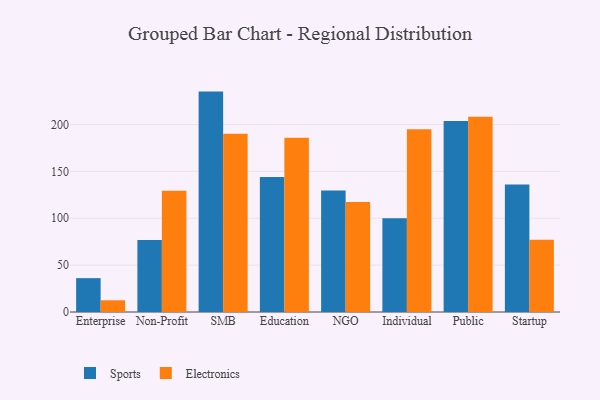
{"axis": {"x": "Segment", "y": "Revenue (USD Million)"}, "legend": ["Electronics", "Sports"], "data": [{"x": "Enterprise", "y": 36.1, "type": "Sports"}, {"x": "Enterprise", "y": 12.5, "type": "Electronics"}, {"x": "Non-Profit", "y": 76.9, "type": "Sports"}, {"x": "Non-Profit", "y": 129.3, "type": "Electronics"}, {"x": "SMB", "y": 235.1, "type": "Sports"}, {"x": "SMB", "y": 190.2, "type": "Electronics"}, {"x": "Education", "y": 144.0, "type": "Sports"}, {"x": "Education", "y": 186.0, "type": "Electronics"}, {"x": "NGO", "y": 129.5, "type": "Sports"}, {"x": "NGO", "y": 117.3, "type": "Electronics"}, {"x": "Individual", "y": 100.0, "type": "Sports"}, {"x": "Individual", "y": 195.0, "type": "Electronics"}, {"x": "Public", "y": 203.8, "type": "Sports"}, {"x": "Public", "y": 208.3, "type": "Electronics"}, {"x": "Startup", "y": 136.1, "type": "Sports"}, {"x": "Startup", "y": 77.1, "type": "Electronics"}]}